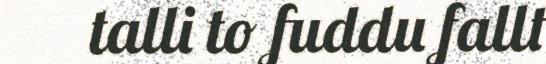
talli to fuddu fallt